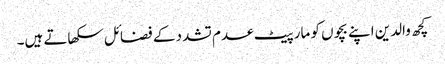
کچھ والدین اپنے بچوں کو مار پیٹ عدم تشدد کے فضائل سکھاتے ہیں۔